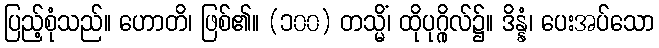
ပြည့်စုံသည်။ ဟောတိ၊ ဖြစ်၏။ (၁၀၀) တသ္မိံ၊ ထိုပုဂ္ဂိုလ်၌။ ဒိန္နံ၊ ပေးအပ်သော